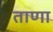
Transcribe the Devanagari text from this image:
ताणा